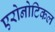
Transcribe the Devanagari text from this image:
एरोनोटिकल